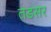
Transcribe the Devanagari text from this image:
तडसर